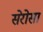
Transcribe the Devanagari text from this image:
सेरोसा